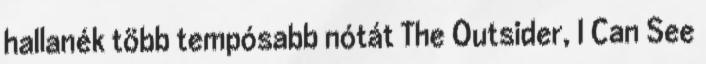
hallanék több tempósabb nótát The Outsider, I Can See